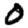
Digit: 0